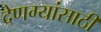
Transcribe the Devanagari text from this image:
देणग्यांसाठी